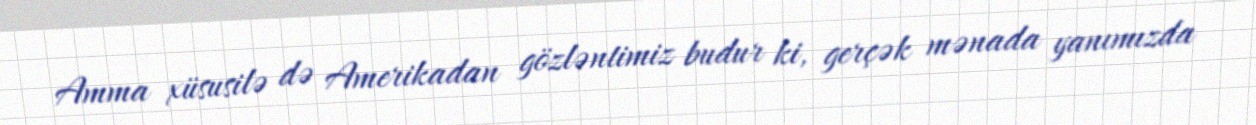
Amma xüsusilə də Amerikadan gözləntimiz budur ki, gerçək mənada yanımızda